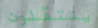
ينتقلون